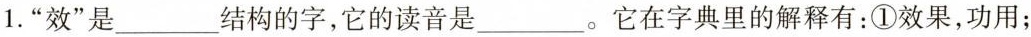
1.”效”是___结构的字，它的读音是___。它在字典里的解释有：①效果，功用；